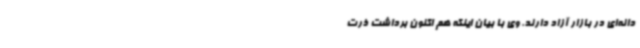
دانه‌ای در بازار آزاد دارند. وی با بیان اینکه هم اکنون برداشت ذرت